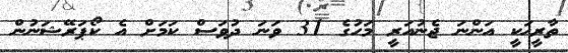
ތާރީޚަކީ އަންނަ ޖެނުއަރީ މަހުގެ 31 ވަނަ ދުވަސް ކަމަށް އެ ކޯޕަރޭޝަނުން